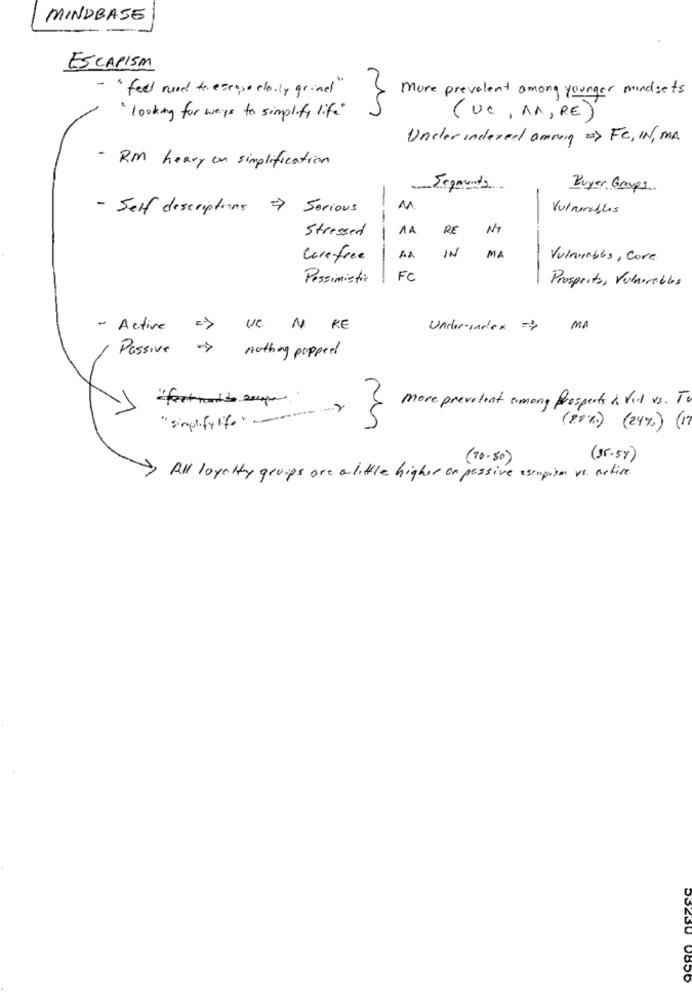
MINDBASE
ESCAPISM
- " feel need to escape elonly grind"
More prevalent among younger mindsets
' looking for ways to simplify life"
(UC, AN, RE)
Under indexed among > FC, IN, MA
- RM heavy on simplification
Segments
Buyer Groups
- Self descriptions >
Serious
Vulnerables
Stressed
1A
RE
IN
MA
Carefree
AA
Vulawebbs, Core
Pessimistic
FC
Prospecto, Vulnerables
- Active
UC N RE
Under-index =p
MA
Passive ->
nothing popped
"fort ron de soupe"
more prevalent among Prospects & Vill vs . To
" simplify ifamily
(20%) (24%) (17
(70-50)
(35-57)
1All loyalty groups are a little higher on passive esempiso vs. active